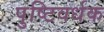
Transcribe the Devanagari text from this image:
पुष्टिवर्धक